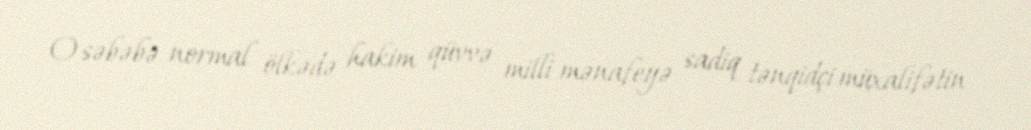
O səbəbə normal ölkədə hakim qüvvə milli mənafeyə sadiq tənqidçi müxalifətin